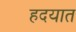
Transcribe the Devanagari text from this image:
हदयात